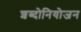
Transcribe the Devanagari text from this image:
शब्दोनियोजन